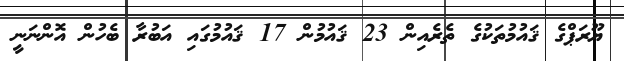
ޔޫރަޕްގެ ޤައުމުތަކުގެ ތެރެއިން 23 ޤައުމުން 17 ޤައުމުގައި އަބުރާ ބެހުން އޮންނަނީ